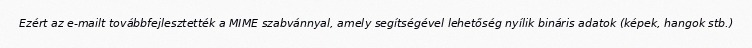
Ezért az e-mailt továbbfejlesztették a MIME szabvánnyal, amely segítségével lehetőség nyílik bináris adatok (képek, hangok stb.)